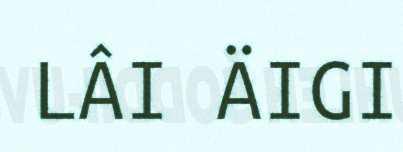
LÂI ÄIGI